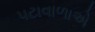
પટાવાળાએ